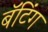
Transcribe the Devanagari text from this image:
बॅटिंग